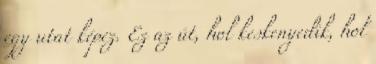
egy utat képez. Ez az út, hol keskenyedik, hol